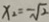
x _ { 2 } = - \sqrt { 2 }